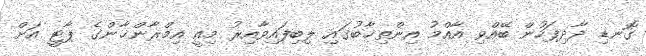
ގޮނޑި ދާދިފަހުން ބޭއްވި އާއްމު އިންތިޚާބުގައި ލިބިފައިވާއިރު މިއީ އިމްރާންޚާންގެ ޕާޓީ އަށް